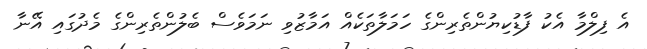
އެ ފިލްމާ އެކު ފާޑުކިޔުންތެރިންގެ ހަމަލާތަކެއް އަމާޒުވި ނަމަވެސް ބެލުންތެރިންގެ މެދުގައި އޭނާ